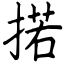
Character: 掿